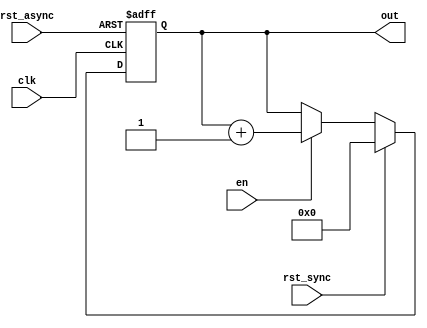
module counter_baud_rate(input wire clk,
									input wire rst_async,
									input wire rst_sync,
									input wire en,
									output reg [19:0]out);

always @(posedge clk or posedge rst_async)
begin
	if (rst_async == 1)
		out <= 0;
	else
		begin
			if (rst_sync == 1)
				out <= 0;
			else
				begin
				if (en == 1)
					out <= out + 1;
				else
					out <= out;
				end
		end
end
endmodule